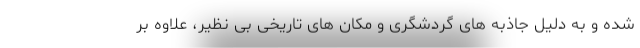
شده و به دلیل جاذبه های گردشگری و مکان های تاریخی بی نظیر، علاوه بر